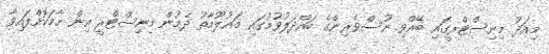
މިއަދު މިނިސްޓްރީގައި ބޭއްވި ނޫސްވެރިންގެ ބައްދަލުވުމުގައި މައުލޫމާތު ދެމުން މިނިސްޓްރީ އިން ހާމަކޮށްފައިވާ